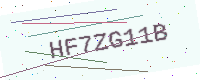
Text: HF7ZG11B